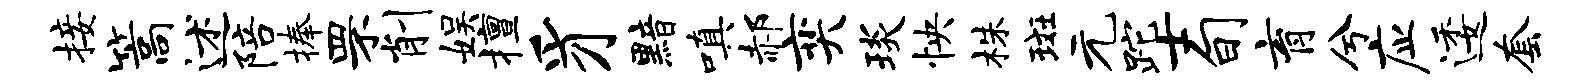
接篙述陪捧罘削娱擅豸黯嗔郝奕琰怏株斑元跎士旬育兮应逶套